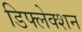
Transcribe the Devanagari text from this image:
डिफ्लेक्शन